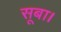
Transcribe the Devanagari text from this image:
सूबा।